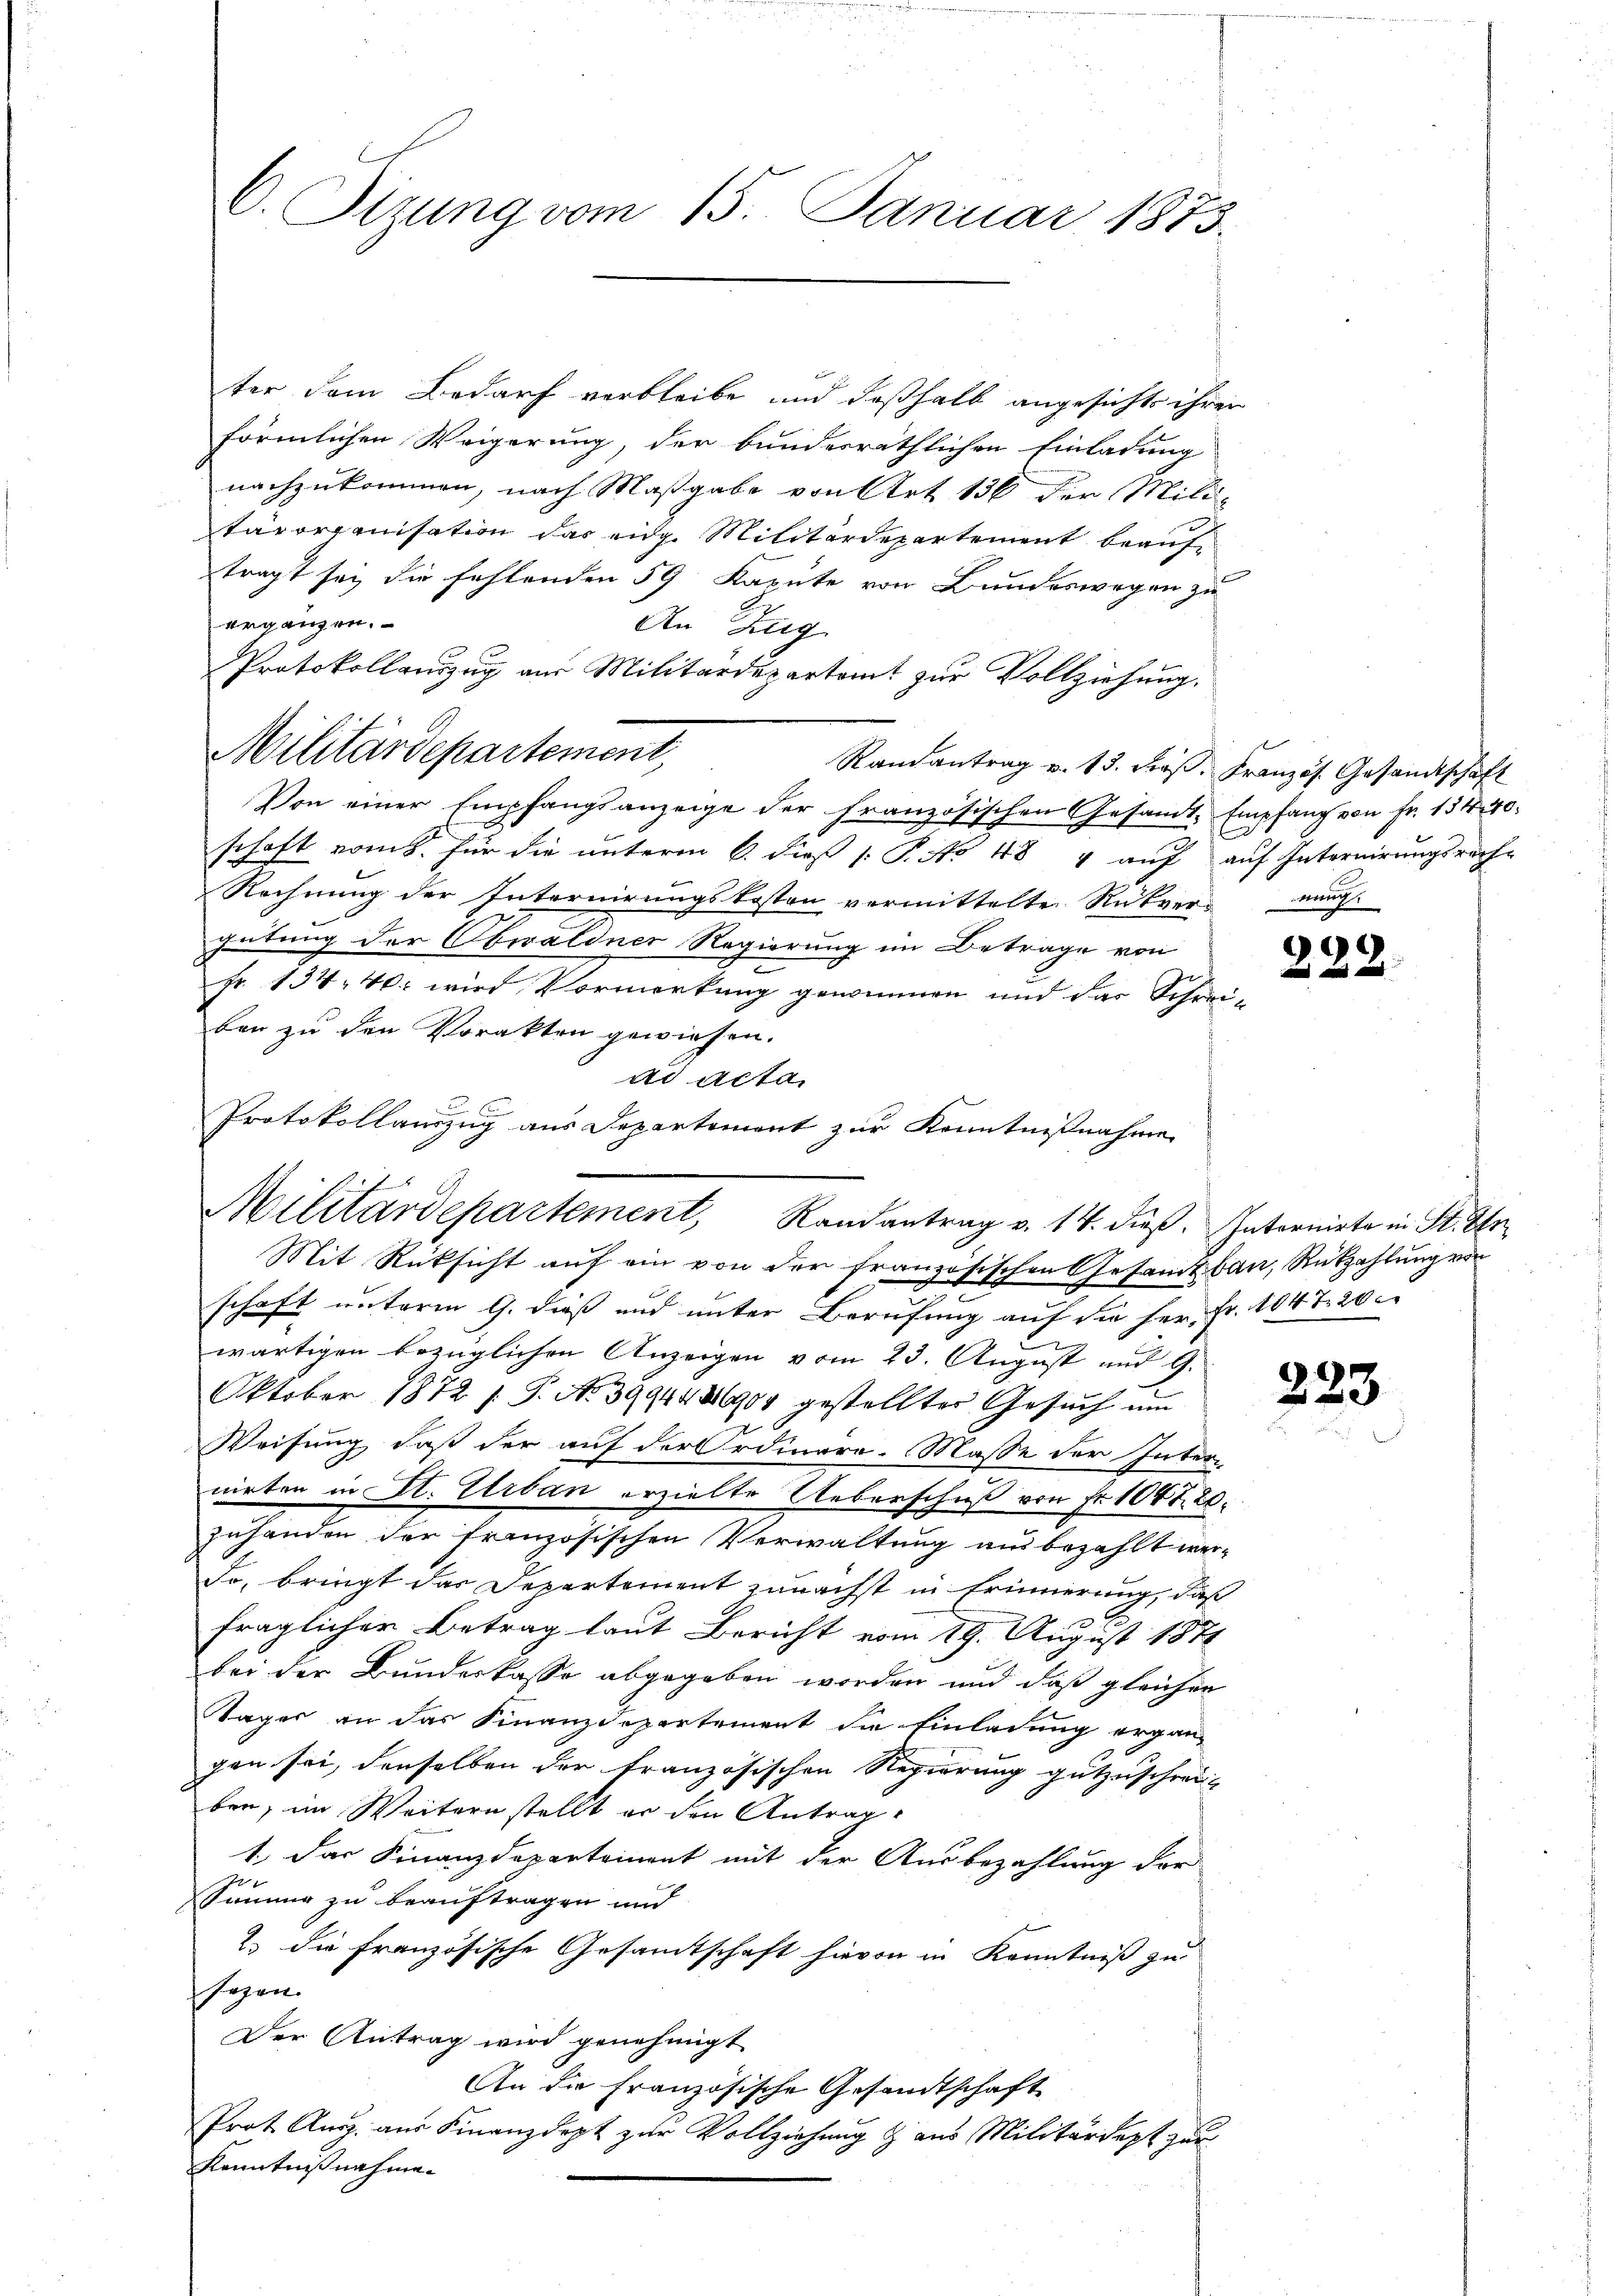
C. Tizung vom 15. Januar 1873.

ter dem Bedarf verbleibe und deßhalb angesicht ihrer
förmlichen Weigerung, der bundesräthlichen Einladung
nachzukommen, nach Maßgabe von Art. 136 der Mili-
tärorganisation das eidg. Militärdepartement beauftragt sei die fehlenden 59 Kapute von Bundeswegen zu
ergänzen.
An Zug
Protokollauszug aus Militärdepartamt zur Vollziehung.
Randantrag v. 13. Froβ. Kranzös. Gesandtschaft
Von einer Empfangsanzeige der französischen Gesamt Empfang von Fr. 134. 40.
E
schaft vom 8. für die unterm 6. dieß Pct. 48 4 auf auf Internirungsreche
Rechnung der Internirungskosten vermittelte Rückvernung.
gütung der Obwaldner Regierung im Betrage von
fr. 134. 40. wird Vormerkung genommen und das Schreiben zu den Vorakten gewiesen.
ad acta
Protokollauszug aus Departement zur Kenntnißnahme

Militärdepartement,

Mit Rücksicht auf ein von der französischen Gesamtbau, Rückzahlung von
schaft unterm 9. dieß und unter Berufung auf die her. Fr. 1047. 20
wärtigen bezüglichen Anzeigen vom 23. August und 9.
Oktober 1872 f. P. Nr. 3994486904 gestellter Gesŭch ŭm
Weisung daß der auf der Ordinare. Masse der Inter-
nirten in St. Urban erzielte Ueberschuß von Fr. 1047. 20.
zuhanden der französischen Verwaltung ausbezahlt wer-
Fo, bringt das Departement zunächst in Erinnerung, daß
fraglicher Betrag laut Bericht vom 19. August 1871
bei der Bundeskasse abgegeben worden und daß gleicher
Tages an das Finanzdepartement die Einladung ergän-
gen sei, denselben der französischen Regierung gutzuschrei-
ben, im Weitern stellt er den Antrag
1. Das Finanzdepartement mit der Ausbezahlung der
Säume zu beauftragen und
2. die französische Gesamtschaft hievon in Kenntniß zu
sagen.
Der Antrag wird genehmigt
An die Französische Gesandtschaft
Prot. Aarg. aus Finanzdept zur Vollziehung & aus Militärdept zur
Kenntnißnahme.

Militärdepartement, Randantrag v. 14. dieβ. Internirte in St. In

222.

223